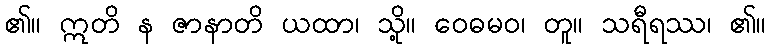
၏။ ဣတိ န ဇာနာတိ ယထာ၊ သို့။ ဝေဓမဝ၊ တူ။ သရီရဿ၊ ၏။